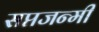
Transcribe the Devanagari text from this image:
सप्तजन्मी